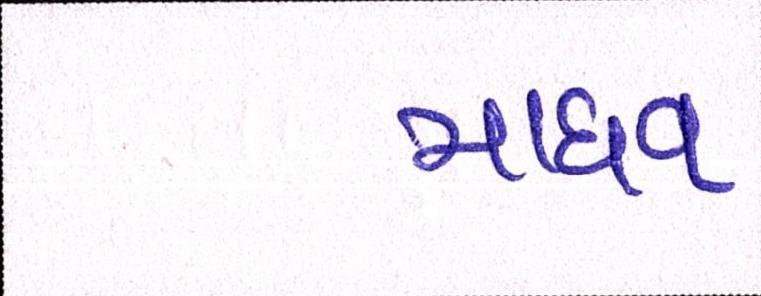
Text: માધવ